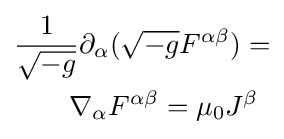
{\begin{aligned}&{\frac {1}{\sqrt {-g}}}\partial _{\alpha }({\sqrt {-g}}F^{\alpha \beta })=\\&\qquad \nabla _{\alpha }F^{\alpha \beta }=\mu _{0}J^{\beta }\end{aligned}}